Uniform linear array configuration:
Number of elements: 12
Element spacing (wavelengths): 0.5
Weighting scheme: hann
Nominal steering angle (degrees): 15
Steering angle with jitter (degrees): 16.368
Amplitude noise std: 0.05
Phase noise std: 0.05

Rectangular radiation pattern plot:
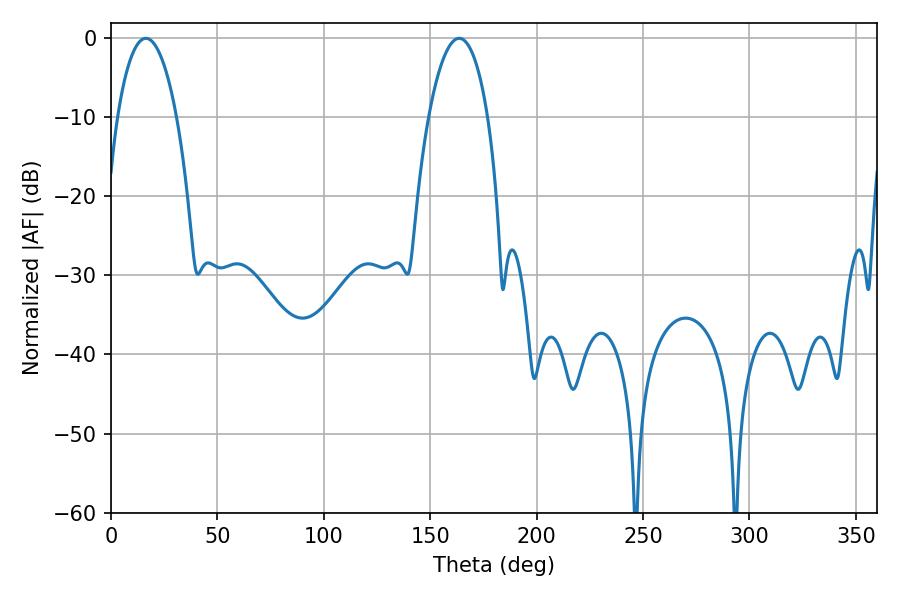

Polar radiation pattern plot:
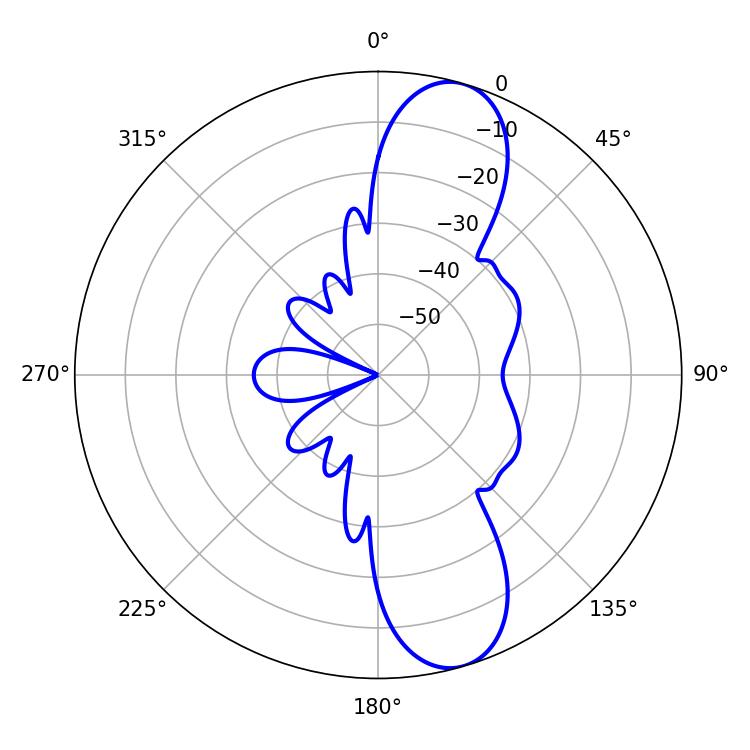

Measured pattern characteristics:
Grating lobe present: FALSE
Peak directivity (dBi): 10.821
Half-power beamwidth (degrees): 15.48
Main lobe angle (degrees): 16.38